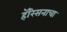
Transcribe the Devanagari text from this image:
हॅरिसनाचा